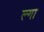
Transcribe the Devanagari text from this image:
ल्गा